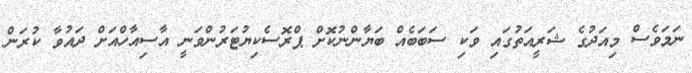
ނަމަވެސް މިއަދުގެ ޝަރީއަތުގައި ވަކި ސަބަބެއް ބަޔާންނުކޮށް ޕްރޮސެކިޔުޓަރުންވަނީ އާސިއާހްއަށް ދައުވާ ކުރަން